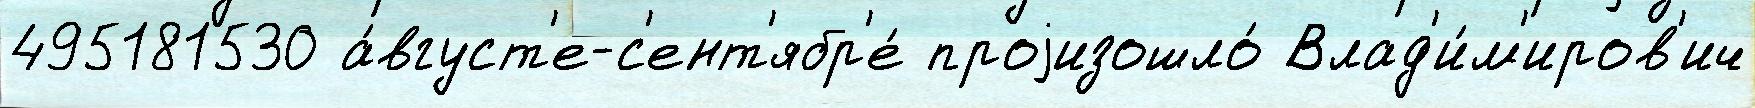
495181530 а́вгуст'е-с'ент'ябр'е́ проjизошло́ Влад'и́м'иров'ич